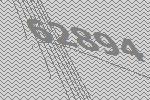
62894